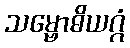
သမ္ဗောဓိယဂ္ဂံ